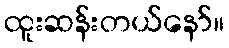
ထူးဆန်းတယ်နော်။